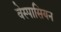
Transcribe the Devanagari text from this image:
वेस्पासियन